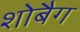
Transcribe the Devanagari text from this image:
शोबैग